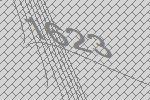
1623